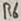
Text: R6